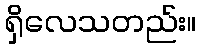
ရှိလေသတည်း။